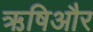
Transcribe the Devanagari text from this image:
ऋषिऔर